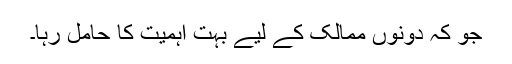
جو کہ دونوں ممالک کے لیے بہت اہمیت کا حامل رہا۔